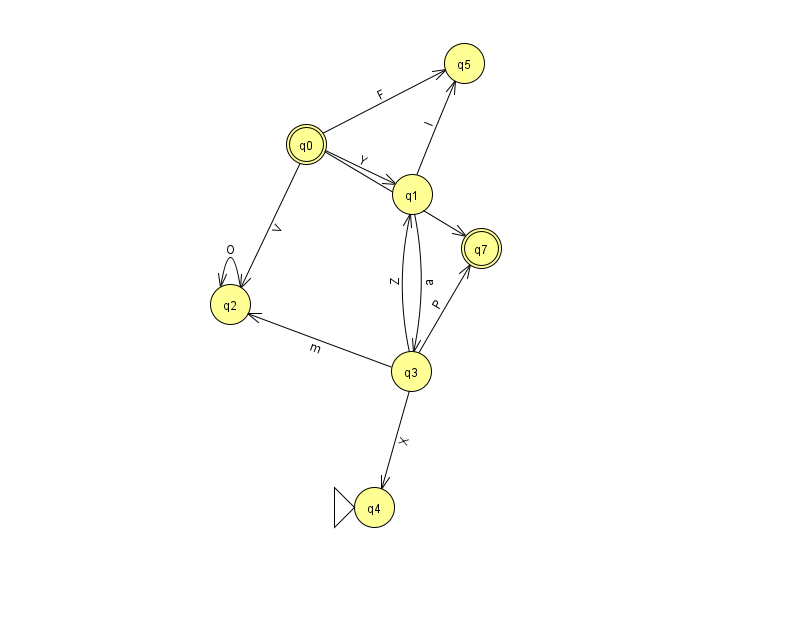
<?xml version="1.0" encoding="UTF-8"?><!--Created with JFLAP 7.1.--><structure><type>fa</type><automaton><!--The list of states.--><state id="0" name="q0"><x>306.0</x><y>131.0</y><final/></state><state id="1" name="q1"><x>412.0</x><y>181.0</y></state><state id="2" name="q2"><x>230.0</x><y>291.0</y></state><state id="3" name="q3"><x>411.0</x><y>358.0</y></state><state id="4" name="q4"><x>374.0</x><y>494.0</y><initial/></state><state id="5" name="q5"><x>464.0</x><y>50.0</y></state><state id="7" name="q7"><x>481.0</x><y>235.0</y><final/></state><!--The list of transitions.--><transition><from>3</from><to>1</to><read>Z</read></transition><transition><from>0</from><to>7</to><read>U</read></transition><transition><from>0</from><to>5</to><read>F</read></transition><transition><from>0</from><to>1</to><read>Y</read></transition><transition><from>1</from><to>3</to><read>a</read></transition><transition><from>1</from><to>5</to><read>I</read></transition><transition><from>3</from><to>4</to><read>X</read></transition><transition><from>3</from><to>7</to><read>P</read></transition><transition><from>0</from><to>2</to><read>V</read></transition><transition><from>3</from><to>2</to><read>m</read></transition><transition><from>2</from><to>2</to><read>O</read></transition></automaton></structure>